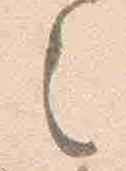
之